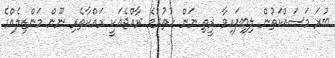
ބުރަ މަސައްކަތުން ލިބިފައިވާ ރީތި ނަން ހުތުރުވެ ރާއްޖެއަކީ ރައްކާތެރި ނޫން މަންޒިލެއްގެ